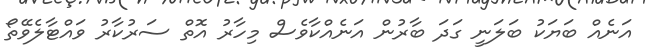
އަނެއް ބަޔަކު ބަލަނީ ގަދަ ބާރުން އަނެއްކާވެސް މިހާރު އޮތް ސަރުކާރު ވައްޓާލެވޭތޯ